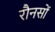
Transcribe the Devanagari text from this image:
रौनसों